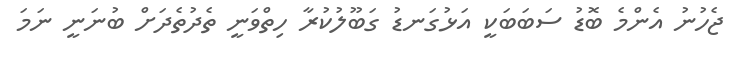
ޖެހުނު އެންމެ ބޮޑު ސަބަބަކީ އަޅުގަނޑު ގަބޫލުކުރާ ހިތްވަނީ ތެދުތެދަށް ބުނަނީ ނަމަ